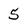
Character: 5